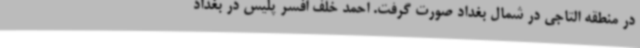
در منطقه التاجی در شمال بغداد صورت گرفت. احمد خلف افسر پلیس در بغداد